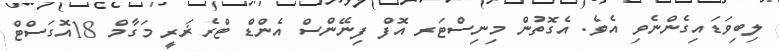
ލިބިވަޑައިގެންނެވި އެވެ. އެގޮތުން މިނިސްޓަރ އޮފް ފިނޭންސް އެންޑް ޓްރެޜަރީ މަގާމް 18އޮގަސްޓް